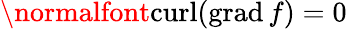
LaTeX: \normalfont{\textrm{curl}}(\mathrm{grad}\, f)=0